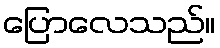
ပြောလေသည်။